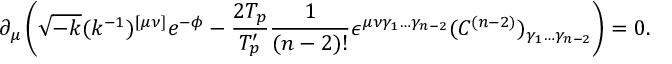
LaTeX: \partial _ { \mu } \left( \sqrt { - k } ( k ^ { - 1 } ) ^ { [ \mu \nu ] } e ^ { - \phi } - \frac { 2 T _ { p } } { T _ { p } ^ { \prime } } \frac { 1 } { ( n - 2 ) ! } \epsilon ^ { \mu \nu \gamma _ { 1 } \ldots \gamma _ { n - 2 } } ( C ^ { ( n - 2 ) } ) _ { \gamma _ { 1 } \ldots \gamma _ { n - 2 } } \right) = 0 .